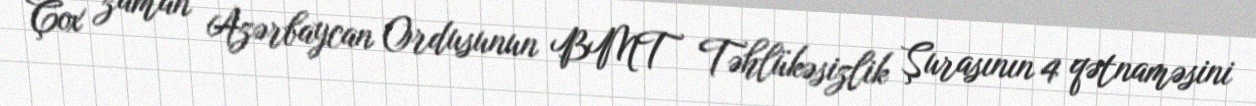
Çox zaman Azərbaycan Ordusunun BMT Təhlükəsizlik Şurasının 4 qətnaməsini